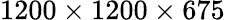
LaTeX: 1200\times 1200\times 675